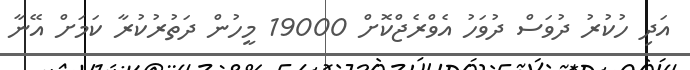
އަދި ހުކުރު ދުވަސް ދުވަހު އެވްރެޖްކޮށް 19000 މީހުން ދަތުރުކުރާ ކަމަށް އޭނާ